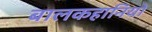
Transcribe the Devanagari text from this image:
बालकहानियों